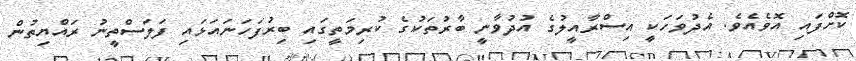
ކޮށްފައި އޮވެއެވެ. އެދުވަހަކީ އިސްރާއީލުގެ އުދުވާނީ ބާރުތަކުގެ ކުރިމަތީގައި ބިރުފަހަނައަޅައި ފަލަސްތީނު ރައްޔިތުން